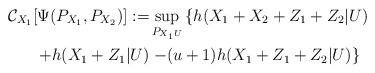
\begin{align*} \mathcal{C}_{X_1}[\Psi(P_{X_1},P_{X_2})]:=&\sup_{P_{X_1U}}\left\{h(X_1+X_2+Z_1+Z_2|U)\right.\\+h(X_1+Z_1|U)&\left.-(u+1)h(X_1+Z_1+Z_2|U)\right\}\end{align*}